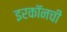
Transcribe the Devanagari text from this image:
इरकॉनची